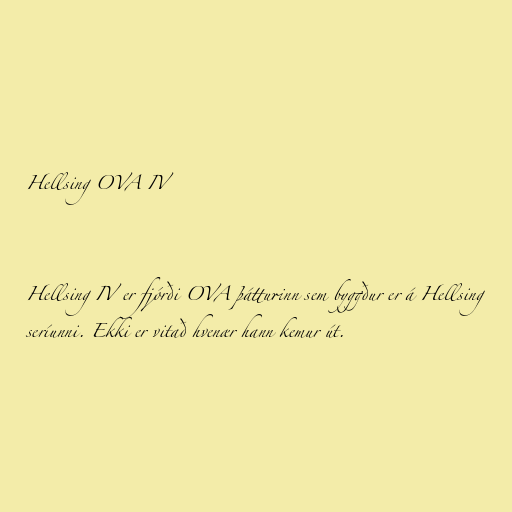
Hellsing OVA IV

Hellsing IV er fjórði OVA þátturinn sem byggður er á Hellsing
seríunni. Ekki er vitað hvenær hann kemur út.